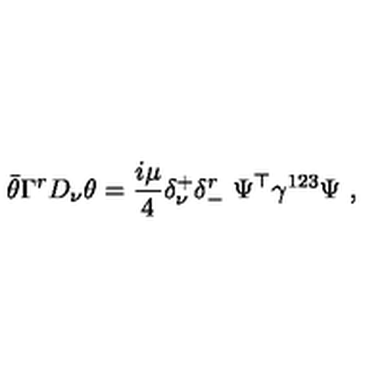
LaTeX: \bar { \theta } \Gamma ^ { r } D _ { \nu } \theta = { \frac { i \mu } { 4 } } \delta _ { \nu } ^ { + } \delta _ { - } ^ { r } \ \Psi ^ { \top } \gamma ^ { 1 2 3 } \Psi \ ,